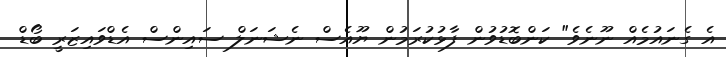
އެ ގެނައުމެއް ނޫނެވެ" ކަންބޮޑުވުން ފާޅުކުރަމުން ޔޫއެސް ނެޝަނަލް ސައިންސް އެޑްވައިޒަރީ ބޯޑް